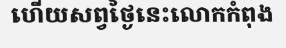
ហើយសព្វថ្ងៃនេះលោកកំពុង